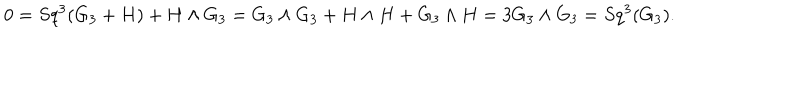
LaTeX: 0 = S q ^ { 3 } ( G _ { 3 } + H ) + H \wedge G _ { 3 } = G _ { 3 } \wedge G _ { 3 } + H \wedge H + G _ { 3 } \wedge H = 3 G _ { 3 } \wedge G _ { 3 } = S q ^ { 3 } ( G _ { 3 } ) .